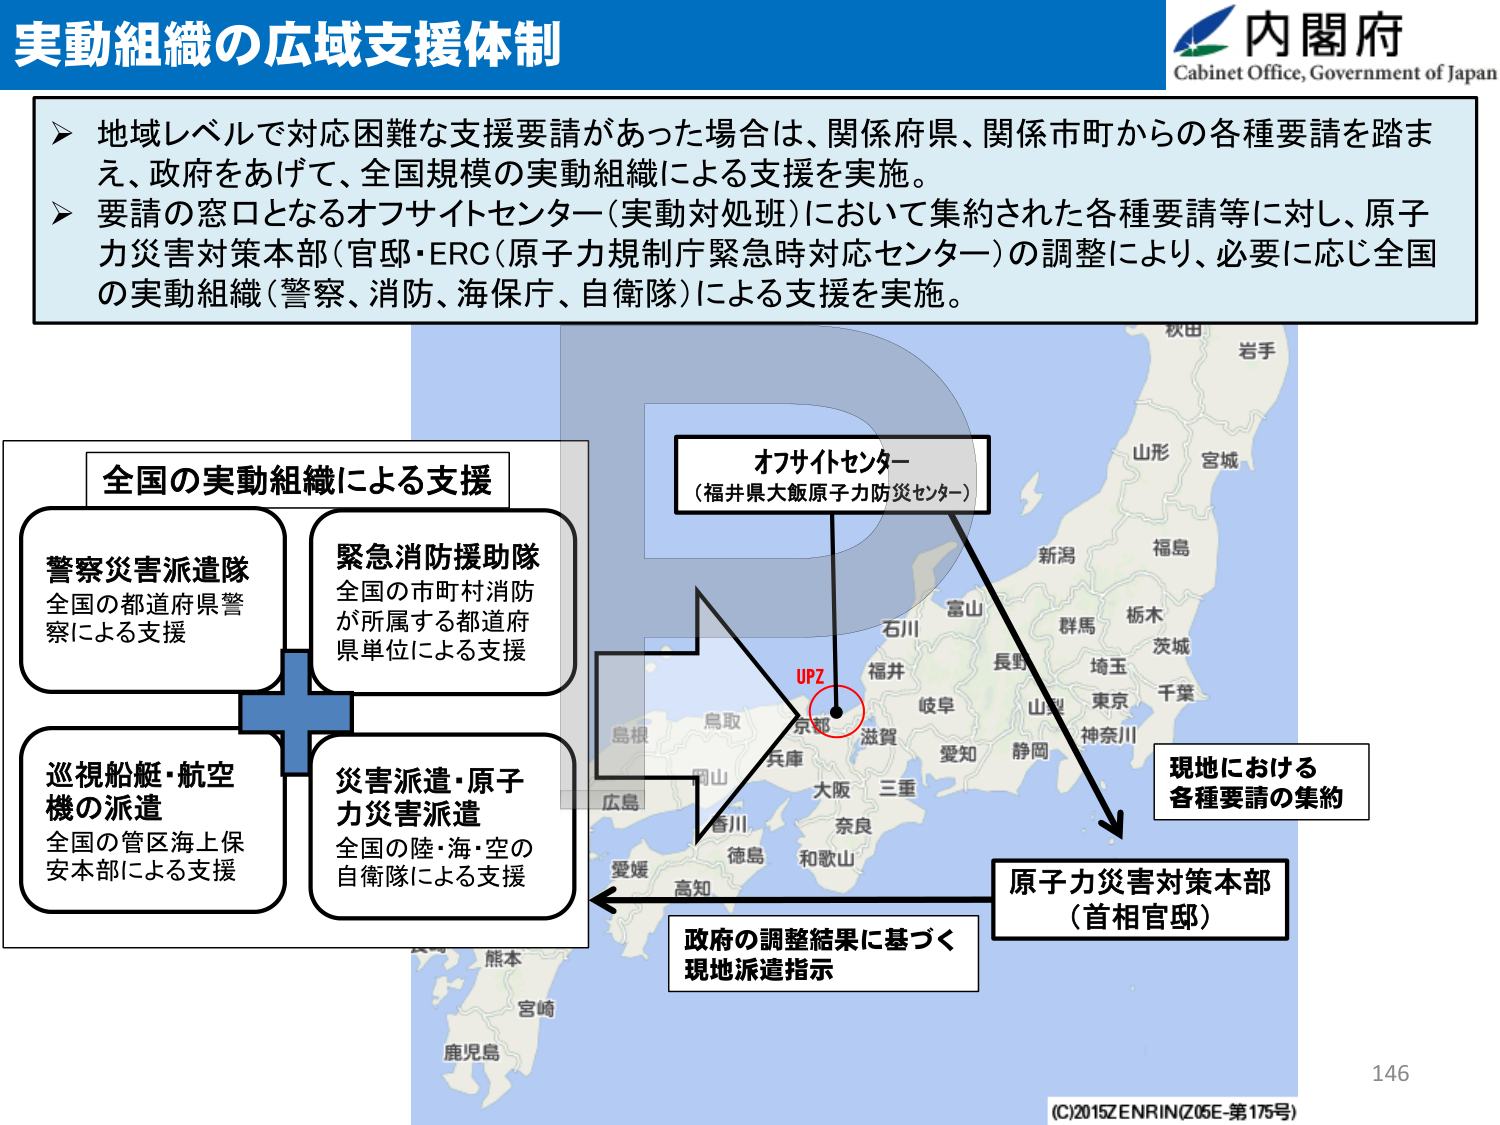
実動組織の広域支援体制

内閣府
Cabinet Office, Government of Japan

▶ 地域レベルで対応困難な支援要請があった場合は、関係府県、関係市町からの各種要請を踏まえ、政府をあげて、全国規模の実動組織による支援を実施。
▶ 要請の窓口となるオフサイトセンター（実動対処班）において集約された各種要請等に対し、原子力災害対策本部（官邸・ERC（原子力規制庁緊急時対応センター））の調整により、必要に応じ全国の実動組織（警察、消防、海保、自衛隊）による支援を実施。

全国の実動組織による支援

警察災害派遣隊
全国の都道府県警察による支援

緊急消防援助隊
全国の市町村消防が所属する都道府県単位による支援

巡視船艇・航空機の派遣
全国の管区海上保安本部による支援

災害派遣・原子力災害派遣
全国の陸・海・空の自衛隊による支援

オフサイトセンター
（福井県大飯原子力防災センター）

現地における
各種要請の集約

原子力災害対策本部
（首相官邸）

政府の調整結果に基づく
現地派遣指示

UPZ

秋田
岩手
山形
宮城
福島
新潟
富山
石川
福井
岐阜
長野
群馬
栃木
茨城
埼玉
東京
千葉
山梨
神奈川
静岡
愛知
三重
大阪
兵庫
京都
滋賀
奈良
和歌山
徳島
香川
岡山
広島
島根
鳥取
愛媛
高知
熊本
宮崎
鹿児島

(C)2015ZENRIN(Z05E-第175号)

146